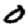
Digit: 0